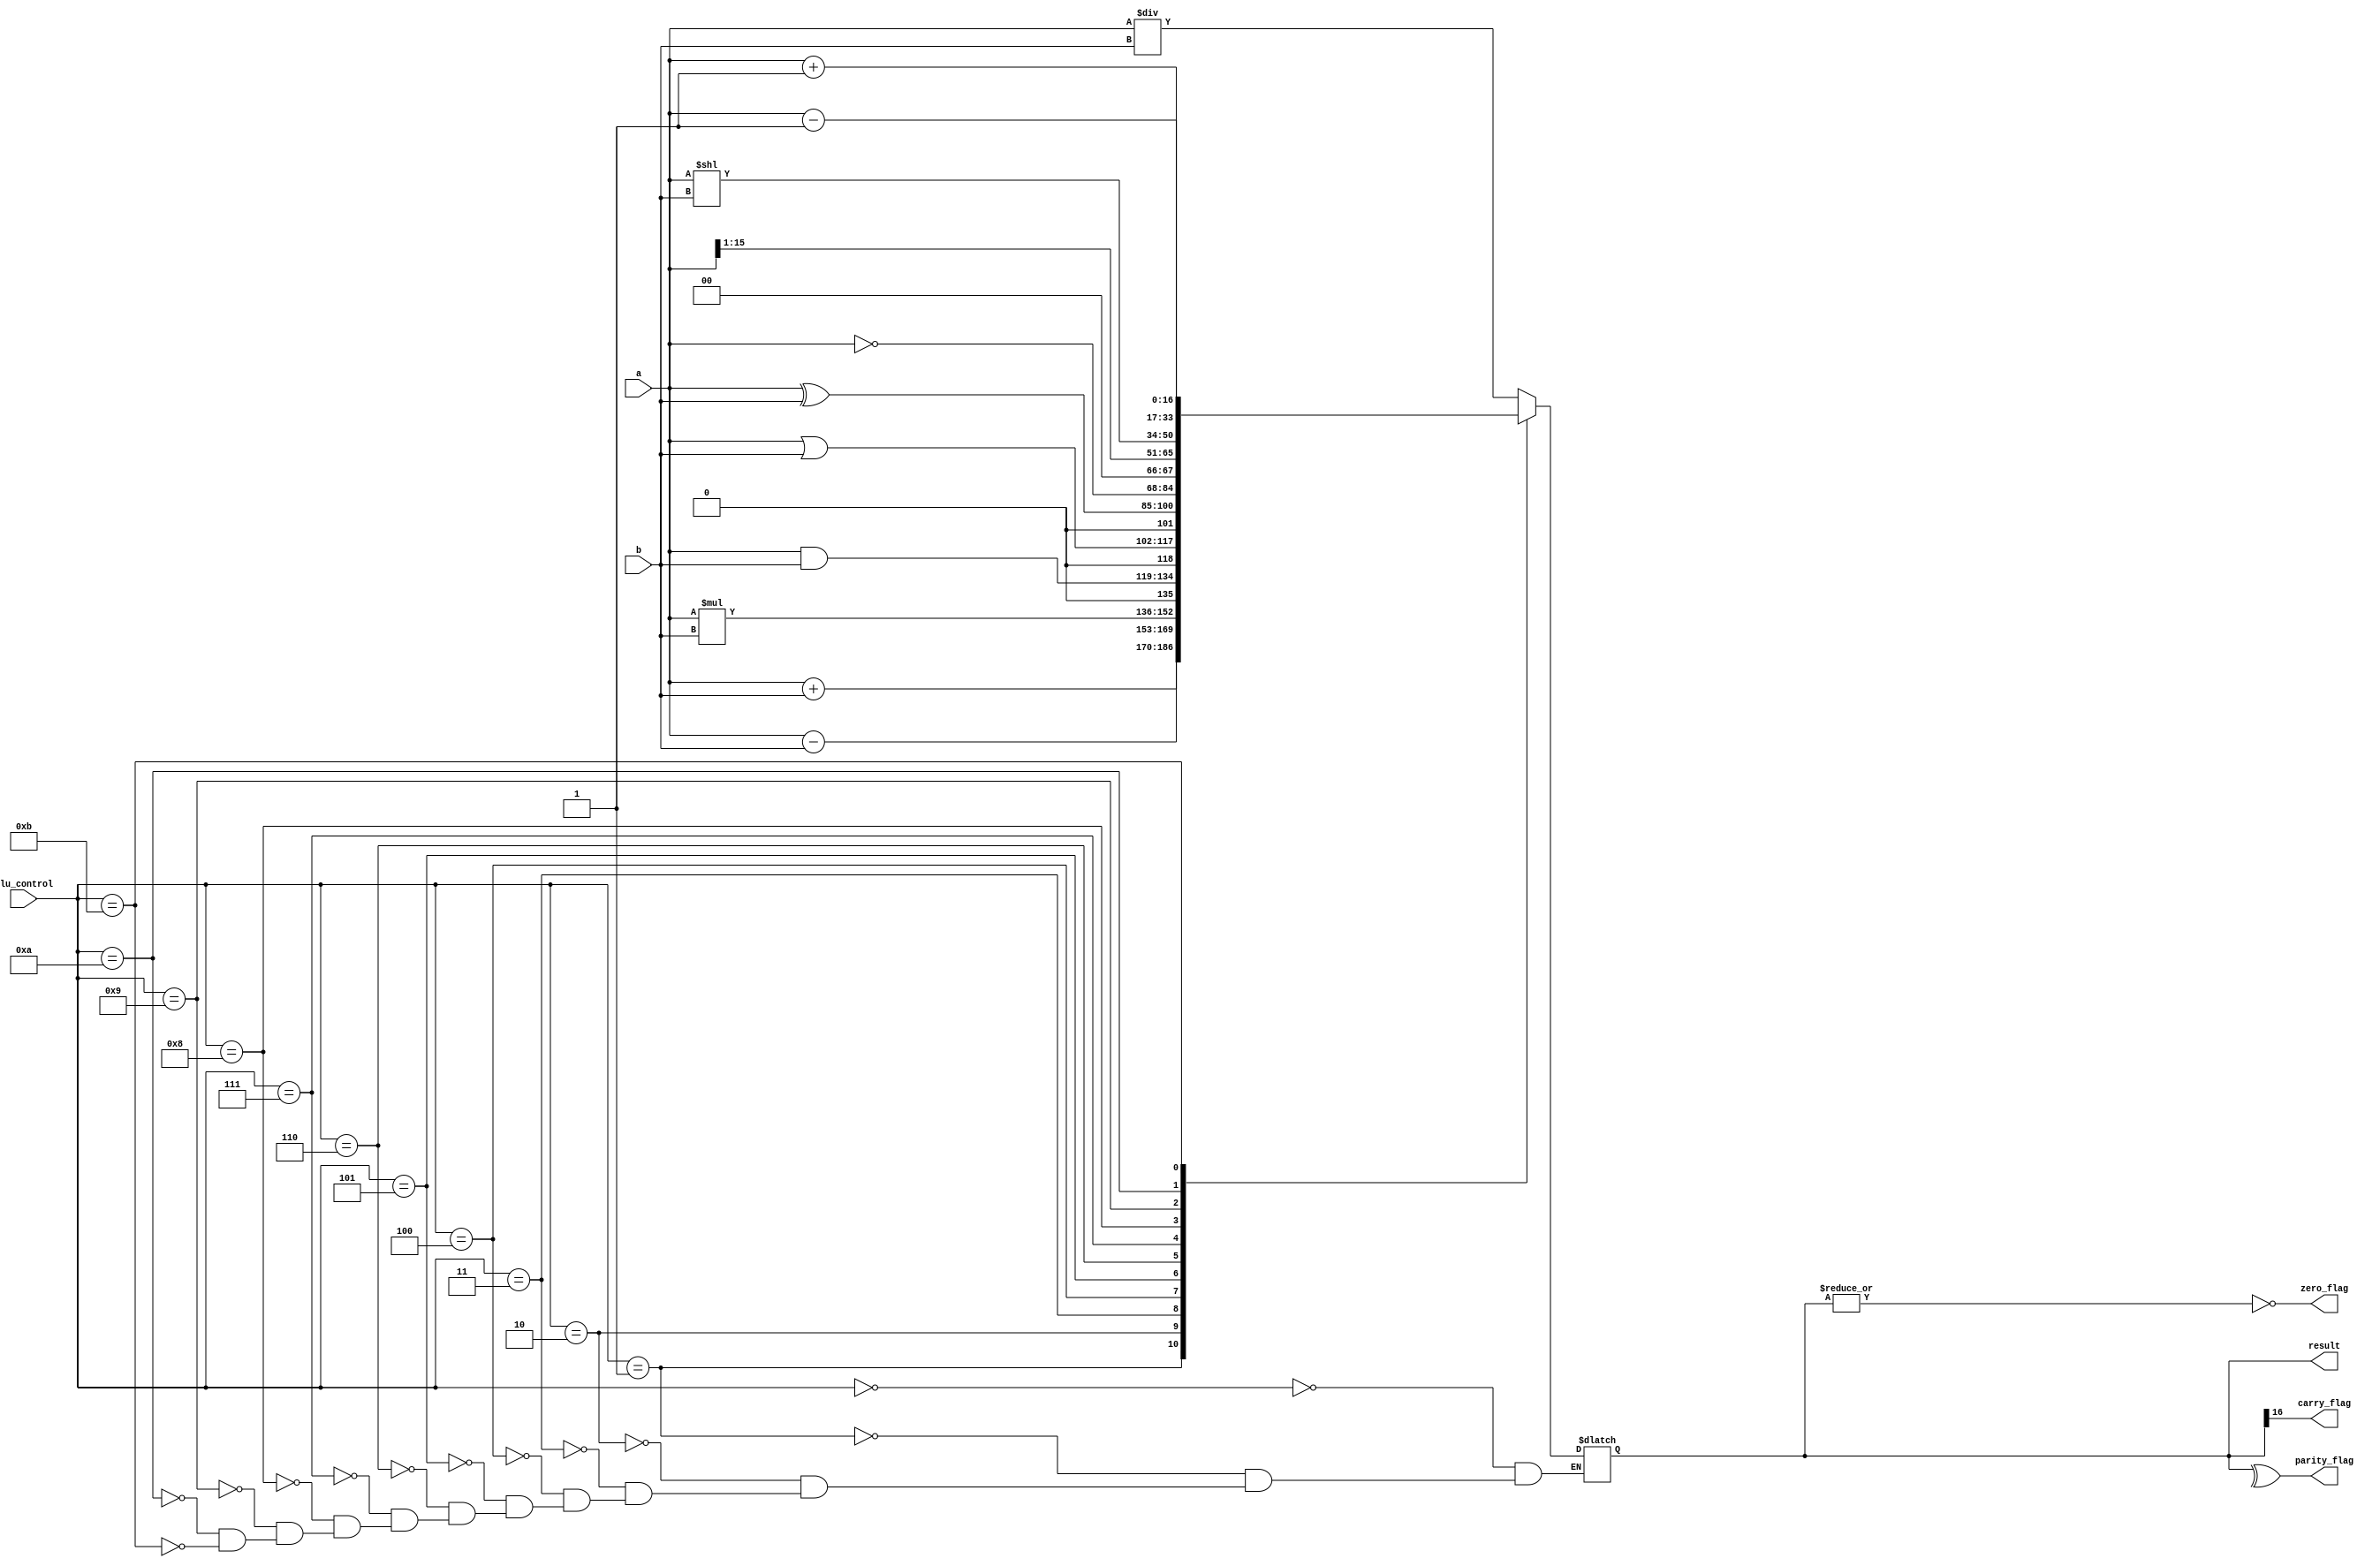
`timescale 1ns / 1ps
//////////////////////////////////////////////////////////////////////////////////
// Company:
// Engineer:
//
// Design Name:
// Module Name: ALU_16_bit
// Project Name:
// Target Devices:
// Tool Versions:
// Description:
//
// Dependencies:
//
// Revision:
// Revision 0.01 - File Created
// Additional Comments:
//
//////////////////////////////////////////////////////////////////////////////////


module ALU_16_bit(
    input [15:0] a,
    input [15:0] b,
    input [3:0] alu_control,
    output reg [16:0] result,
    output zero_flag,
    output carry_flag,
    output parity_flag);
    wire [16:0] res;
    always@(*)
        begin
          case(alu_control)
            4'b0000: result = a / b;
            4'b0001: result = a + b;
            4'b0010: result = a - b;
            4'b0011: result = a * b;
            4'b0100: result = a & b;
            4'b0101: result = a | b;
            4'b0110: result = a ^ b;
            4'b0111: result = ~a;
            4'b1000: result = a >> 1;
            4'b1001: result = a << b;
            4'b1010: result = a + 1;
            4'b1011: result = a - 1;
          endcase
      end
    assign res = result;
    assign zero_flag = ~|(res);
    assign carry_flag = res[16];
    assign parity_flag = ^(res);
endmodule